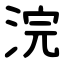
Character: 浣